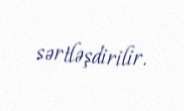
sərtləşdirilir.